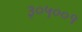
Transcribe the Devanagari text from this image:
३०५००१